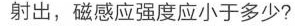
射出，磁感应强度应小于多少?